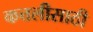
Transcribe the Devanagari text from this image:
कत्तलीसाठी